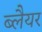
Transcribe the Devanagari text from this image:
ब्लैयर